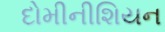
દોમીનીશિયન